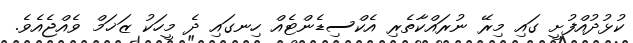
ކުޅުދުއްފުށީ ގައި މިރޭ ނުރައްކާތެރި އެކްސިޑެންޓެއް ހިނގައި ދެ މީހަކު ޒަޚަމް ވެއްޖެއެވެ.